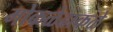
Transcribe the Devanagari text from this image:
मोकळेढाकळे